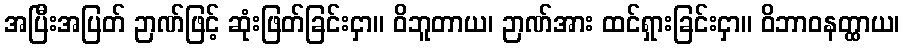
အပြီးအပြတ် ဉာဏ်ဖြင့် ဆုံးဖြတ်ခြင်းငှာ။ ဝိဘူတာယ၊ ဉာဏ်အား ထင်ရှားခြင်းငှာ။ ဝိဘာဝနတ္ထာယ၊